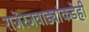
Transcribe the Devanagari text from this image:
राजेरजवाड्यांकडेही